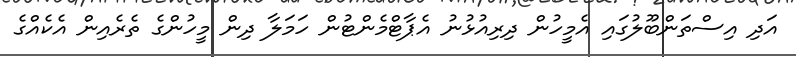
އަދި އިސްތަންބޫލުގައި އެމީހުން ދިރިއުޅުނު އެޕާޓްމެންޓުން ހަމަލާ ދިން މީހުންގެ ތެރެއިން އެކެއްގެ